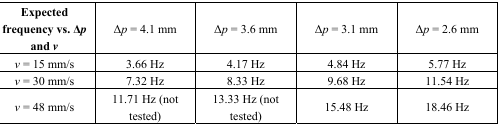
<table><thead><tr><td><b>Expected frequency vs. Δ<i>p</i> and <i>v</i></b></td><td><b>Δ<i>p</i> = 4.1 mm</b></td><td><b>Δ<i>p</i> = 3.6 mm</b></td><td><b>Δ<i>p</i> = 3.1 mm</b></td><td><b>Δ<i>p</i> = 2.6 mm</b></td></tr></thead><tbody><tr><td><i>v</i> = 15 mm/s</td><td>3.66 Hz</td><td>4.17 Hz</td><td>4.84 Hz</td><td>5.77 Hz</td></tr><tr><td><i>v</i> = 30 mm/s</td><td>7.32 Hz</td><td>8.33 Hz</td><td>9.68 Hz</td><td>11.54 Hz</td></tr><tr><td><i>v</i> = 48 mm/s</td><td>11.71 Hz (not tested)</td><td>13.33 Hz (not tested)</td><td>15.48 Hz</td><td>18.46 Hz</td></tr></tbody></table>